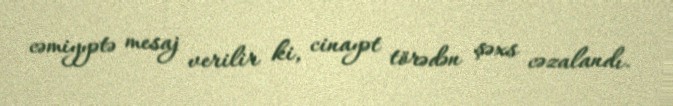
cəmiyyətə mesaj verilir ki, cinayət törədən şəxs cəzalandı.